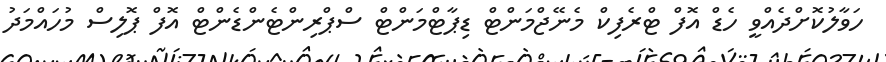
ހަވާލުކޮށްދެއްވީ ހެޑް އޮފް ޓްރެފިކް މެނޭޖްމަންޓް ޑިޕާޓްމަންޓް ސްޕްރިންޓެންޑެންޓް އޮފް ޕޮލިސް މުހައްމަދު